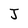
Character: J